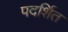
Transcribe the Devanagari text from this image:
पदर्शित